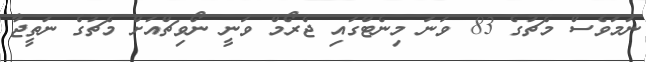
ނަމަވެސް މެޗުގެ 83 ވަނަ މިނެޓްގައި ޖެރޯމް ވަނީ ނޯވިޗްއަށް މެޗުގެ ނަތީޖާ